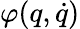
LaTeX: \varphi(q,\dot{q})